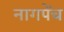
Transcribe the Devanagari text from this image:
नागपेंच